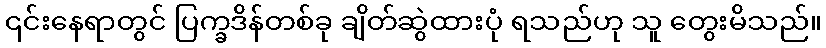
၎င်းနေရာတွင် ပြက္ခဒိန်တစ်ခု ချိတ်ဆွဲထားပုံ ရသည်ဟု သူ တွေးမိသည်။